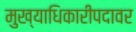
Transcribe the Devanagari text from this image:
मुख्याधिकारीपदावर